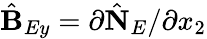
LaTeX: \hat{\mathbf B}_{Ey}=\partial\hat{\mathbf N}_{E}/\partial x_{2}